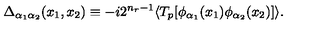
\Delta _ { \alpha _ { 1 } \alpha _ { 2 } } ( x _ { 1 } , x _ { 2 } ) \equiv - i 2 ^ { n _ { r } - 1 } \langle T _ { p } [ \phi _ { \alpha _ { 1 } } ( x _ { 1 } ) \phi _ { \alpha _ { 2 } } ( x _ { 2 } ) ] \rangle .